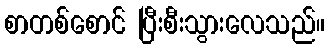
စာတစ်စောင် ပြီးစီးသွားလေသည်။